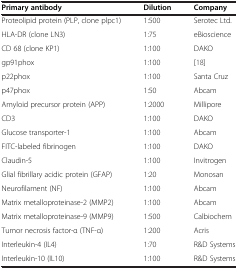
<table><thead><tr><td><b>Primary antibody</b></td><td><b>Dilution</b></td><td><b>Company</b></td></tr></thead><tbody><tr><td>Proteolipid protein (PLP, clone plpc1)</td><td>1:500</td><td>Serotec Ltd.</td></tr><tr><td>HLA-DR (clone LN3)</td><td>1:75</td><td>eBioscience</td></tr><tr><td>CD 68 (clone KP1)</td><td>1:100</td><td>DAKO</td></tr><tr><td>gp91phox</td><td>1:100</td><td>[18]</td></tr><tr><td>p22phox</td><td>1:100</td><td>Santa Cruz</td></tr><tr><td>p47phox</td><td>1:50</td><td>Abcam</td></tr><tr><td>Amyloid precursor protein (APP)</td><td>1:2000</td><td>Millipore</td></tr><tr><td>CD3</td><td>1:100</td><td>DAKO</td></tr><tr><td>Glucose transporter-1</td><td>1:100</td><td>Abcam</td></tr><tr><td>FITC-labeled fibrinogen</td><td>1:100</td><td>DAKO</td></tr><tr><td>Claudin-5</td><td>1:100</td><td>Invitrogen</td></tr><tr><td>Glial fibrillary acidic protein (GFAP)</td><td>1:20</td><td>Monosan</td></tr><tr><td>Neurofilament (NF)</td><td>1:100</td><td>Abcam</td></tr><tr><td>Matrix metalloproteinase-2 (MMP2)</td><td>1:100</td><td>Abcam</td></tr><tr><td>Matrix metalloproteinase-9 (MMP9)</td><td>1:500</td><td>Calbiochem</td></tr><tr><td>Tumor necrosis factor-α (TNF-α)</td><td>1:200</td><td>Acris</td></tr><tr><td>Interleukin-4 (IL4)</td><td>1:70</td><td>R&amp;D Systems</td></tr><tr><td>Interleukin-10 (IL10)</td><td>1:100</td><td>R&amp;D Systems</td></tr></tbody></table>